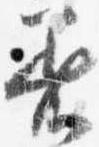
着